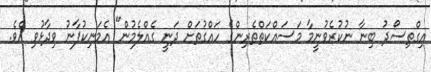
އިގްތިސޯދު ބިނާ ނުކުރެވުނީމާ މަސައްކަތްތެރިންގެ ހައްގުތަށް ދަނީ ގެއްލެމުން" އެމަނިކުފާނު ވިދާޅުވި އެވެ.